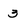
Character: 3